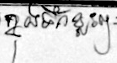
ក្នុងទឹកខ្លះៗ